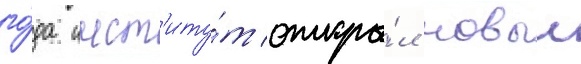
го́да инст'иту́т откры́л новыи